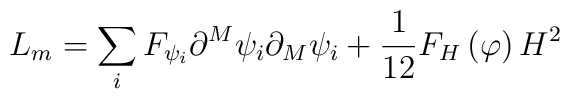
L_m=\sum_iF_{\psi _i}\partial ^M\psi _i\partial _M\psi _i+\frac1{12}F_H\left( \varphi \right) H^2